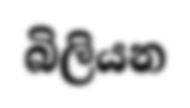
බිලියන